Indian journal of veterinary science and animal husbandry - Volume 6,
Year: 1936
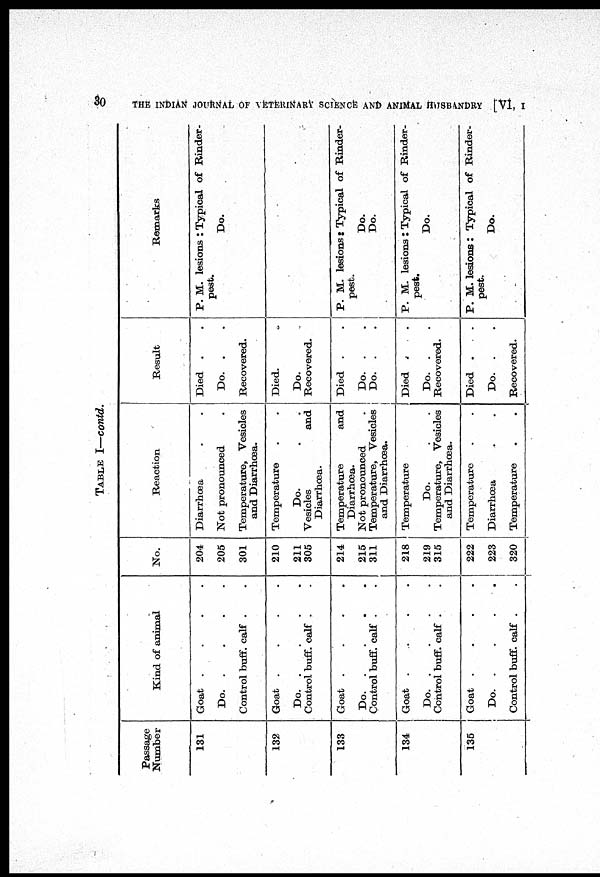
30
THE INDIAN JOURNAL OF VETERINARY SCIENCE AND ANIMAL HUSBANDRY [VI, I
TABLE I—contd.
Passage
Number
131
132
133
134
135
Kind of animal
Goat . . . .
Do.
.
.
.
.
Control buff. calf . .
Goat . . . .
Do.
.
.
.
.
Control buff. calf . .
Goat . . . .
Do.
.
.
.
.
Control buff. calf . .
Goat . . . .
Do.
.
.
.
.
Control buff. calf . .
Goat . . . .
Do.
.
.
.
.
Control buff. calf . .
No.
204
205
301
210
211
305
214
215
311
218
219
315
222
223
320
Reaction
Diarrhœa . .
Not pronounced .
Temperature, Vesicles
and Diarrhœa.
Temperature . .
Do. . .
Vesicles
and
Diarrhœa.
Temperature
and
Diarrhœa.
Not pronounced .
Temperature, Vesicles
and
Diarrhœa.
Temperature
Do. . .
Temperature, Vesicles
and
Diarrhœa.
Temperature . .
Diarrhœa . .
Temperature . .
Result
Died . .
Do. .
.
Recovered.
Died. .
Do. .
Recovered.
Died . .
Do. . .
Do.
. .
Died . .
Do. . .
Recovered.
Died . .
Do. .
.
Recovered.
Remarks
P. M. lesions : Typical of Rinder-
pest.
Do.
P. M. lesions : Typical of Rinder-
pest.
Do.
Do.
P. M. lesions: Typical of Rinder-
pest.
Do.
P. M. lesions: Typical of Rinder-
pest.
Do.